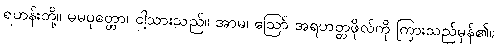
ရဟန်းတို့။ မမပုတ္တော၊ ငါ့သားသည်။ အာမ၊ ဩော် အရဟတ္တဖိုလ်ကို ကြားသည်မှန်၏။